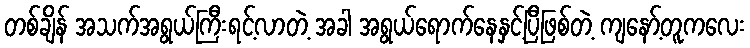
တစ်ချိန် အသက်အရွယ်ကြီးရင့်လာတဲ့ အခါ အရွယ်ရောက်နေနှင့်ပြီဖြစ်တဲ့ ကျနော့်တူကလေး